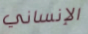
الإنساني